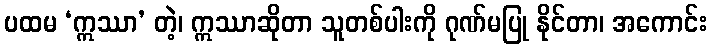
ပထမ ‘ဣဿာ’ တဲ့၊ ဣဿာဆိုတာ သူတစ်ပါးကို ဂုဏ်မပြု နိုင်တာ၊ အကောင်း